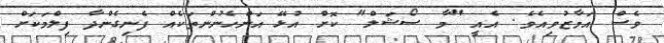
ވެސް އަމާޒުވިއެވެ. އެއީ "މާ ސޯޝަލް" ކޮށް އުޅޭ އަންހެނުންތަކެއް ފެނިގެންދާ ފިލްމަކަށް